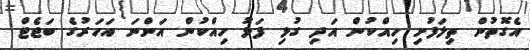
އެގޮތުން ތިލަފުށި ހިއްކުން އަދި ގުޅި ފަޅު ހިއްކުން އަންނަ އަހަރުގެ ބަޖެޓް